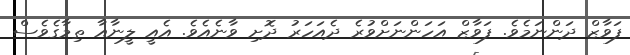
ފަވާޒް ދަންނަމެވެ. ފަވާޒް އަހަންނަށްވުރެ ދެއަހަރު ދޮށި ވާނެއެވެ. އެއީ ލީނާއާ ތިމާގެވެސް